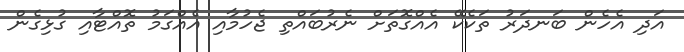
އަދި އެހެން ބަނދަރު ތަކެކޭ އެއްގޮތަށް ނެރުބައްތި ޖެހުމާއި އެއްގަމު ތޮއްޓާއި ގުޅިގެން